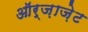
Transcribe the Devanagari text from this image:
ऑर्ज़ाज़ेट